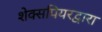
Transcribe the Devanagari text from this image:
शेक्सपियरद्वारा